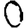
Digit: 0